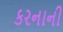
કરનાની